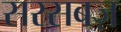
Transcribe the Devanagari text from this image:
सरसबज़